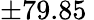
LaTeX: \pm 79.85\